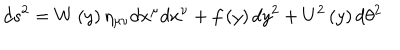
d s ^ { 2 } = W \left( y \right) \eta _ { \mu \nu } d x ^ { \mu } d x ^ { \nu } + f \left( y \right) d y ^ { 2 } + U ^ { 2 } \left( y \right) d \theta ^ { 2 }